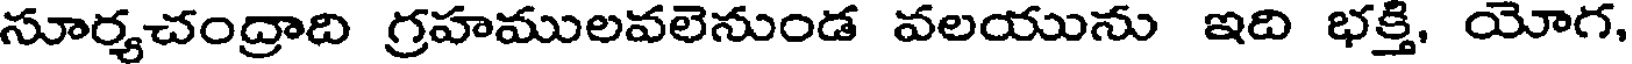
సూర్యచంద్రాది గ్రహములవలెనుండ వలయును ఇది భక్తి. యోగ